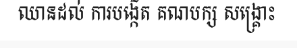
ឈានដល់ ការបង្កើត គណបក្ស សង្គ្រោះ